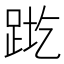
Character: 𬦬